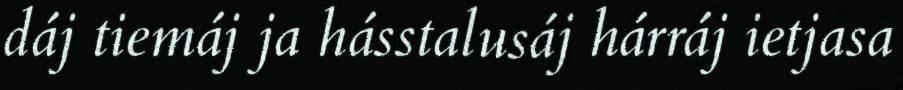
dáj tiemáj ja hásstalusáj hárráj ietjasa